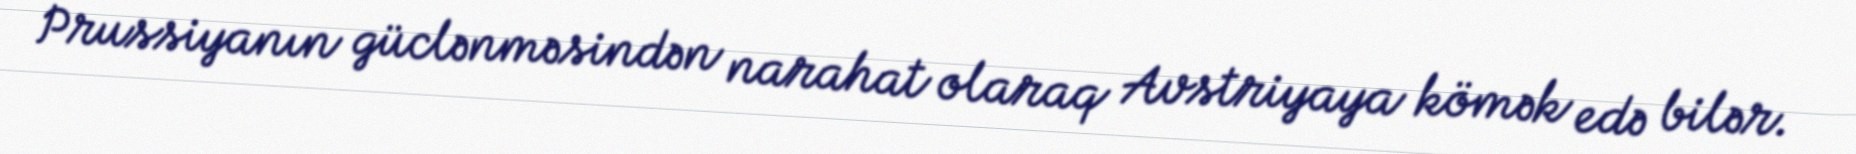
Prussiyanın güclənməsindən narahat olaraq Avstriyaya kömək edə bilər.